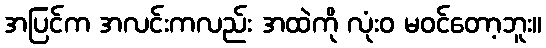
အပြင်က အလင်းကလည်း အထဲကို လုံးဝ မဝင်တော့ဘူး။